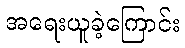
အရေးယူခဲ့ကြောင်း